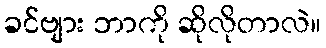
ခင်ဗျား ဘာကို ဆိုလိုတာလဲ။